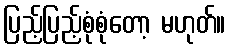
ပြည့်ပြည့်စုံစုံတော့ မဟုတ်။